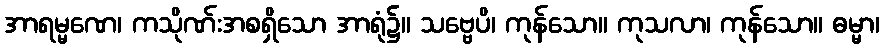
အာရမ္မဏေ၊ ကသိုဏ်းအစရှိသော အာရုံ၌။ သဗ္ဗေပိ၊ ကုန်သော။ ကုသလာ၊ ကုန်သော။ ဓမ္မာ၊